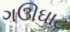
ગઊઘાટ